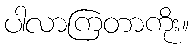
ပါလာကြတာကိုး။